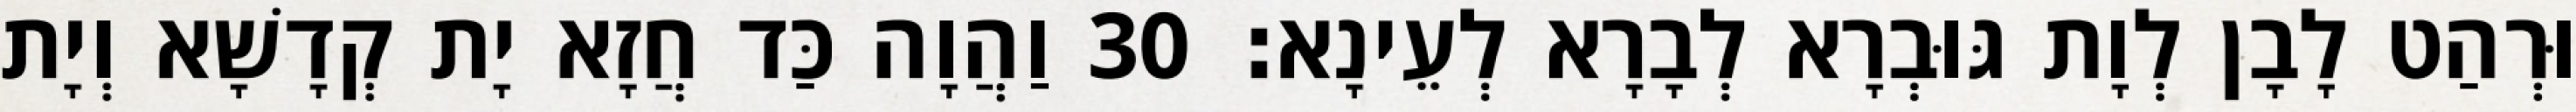
וּרְהַט לָבָן לְוָת גּוּבְרָא לְבָרָא לְעֵינָא׃ 30 וַהֲוָה כַּד חֲזָא יָת קְדָשָׁא וְיָת